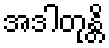
အဒါတုန္တိ